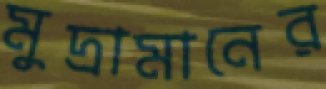
মুদ্রামানের